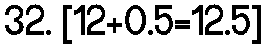
32. [12+0.5=12.5]